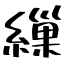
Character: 繅